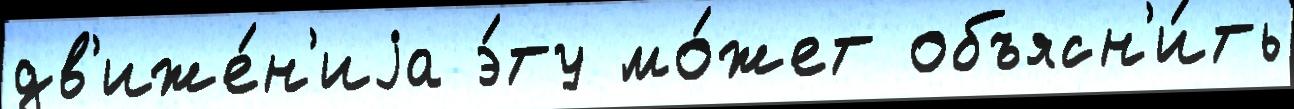
дв'иже́н'иjа э́ту мо́жет объясн'и́ть